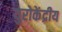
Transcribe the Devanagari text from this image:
युरोकेंद्रीय